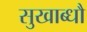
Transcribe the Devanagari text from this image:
सुखाब्धौ